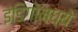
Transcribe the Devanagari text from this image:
इंडिगोमध्ये